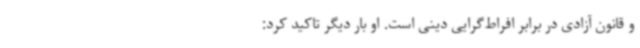
و قانون آزادی در برابر افراط‌گرایی دینی است. او بار دیگر تاکید کرد: